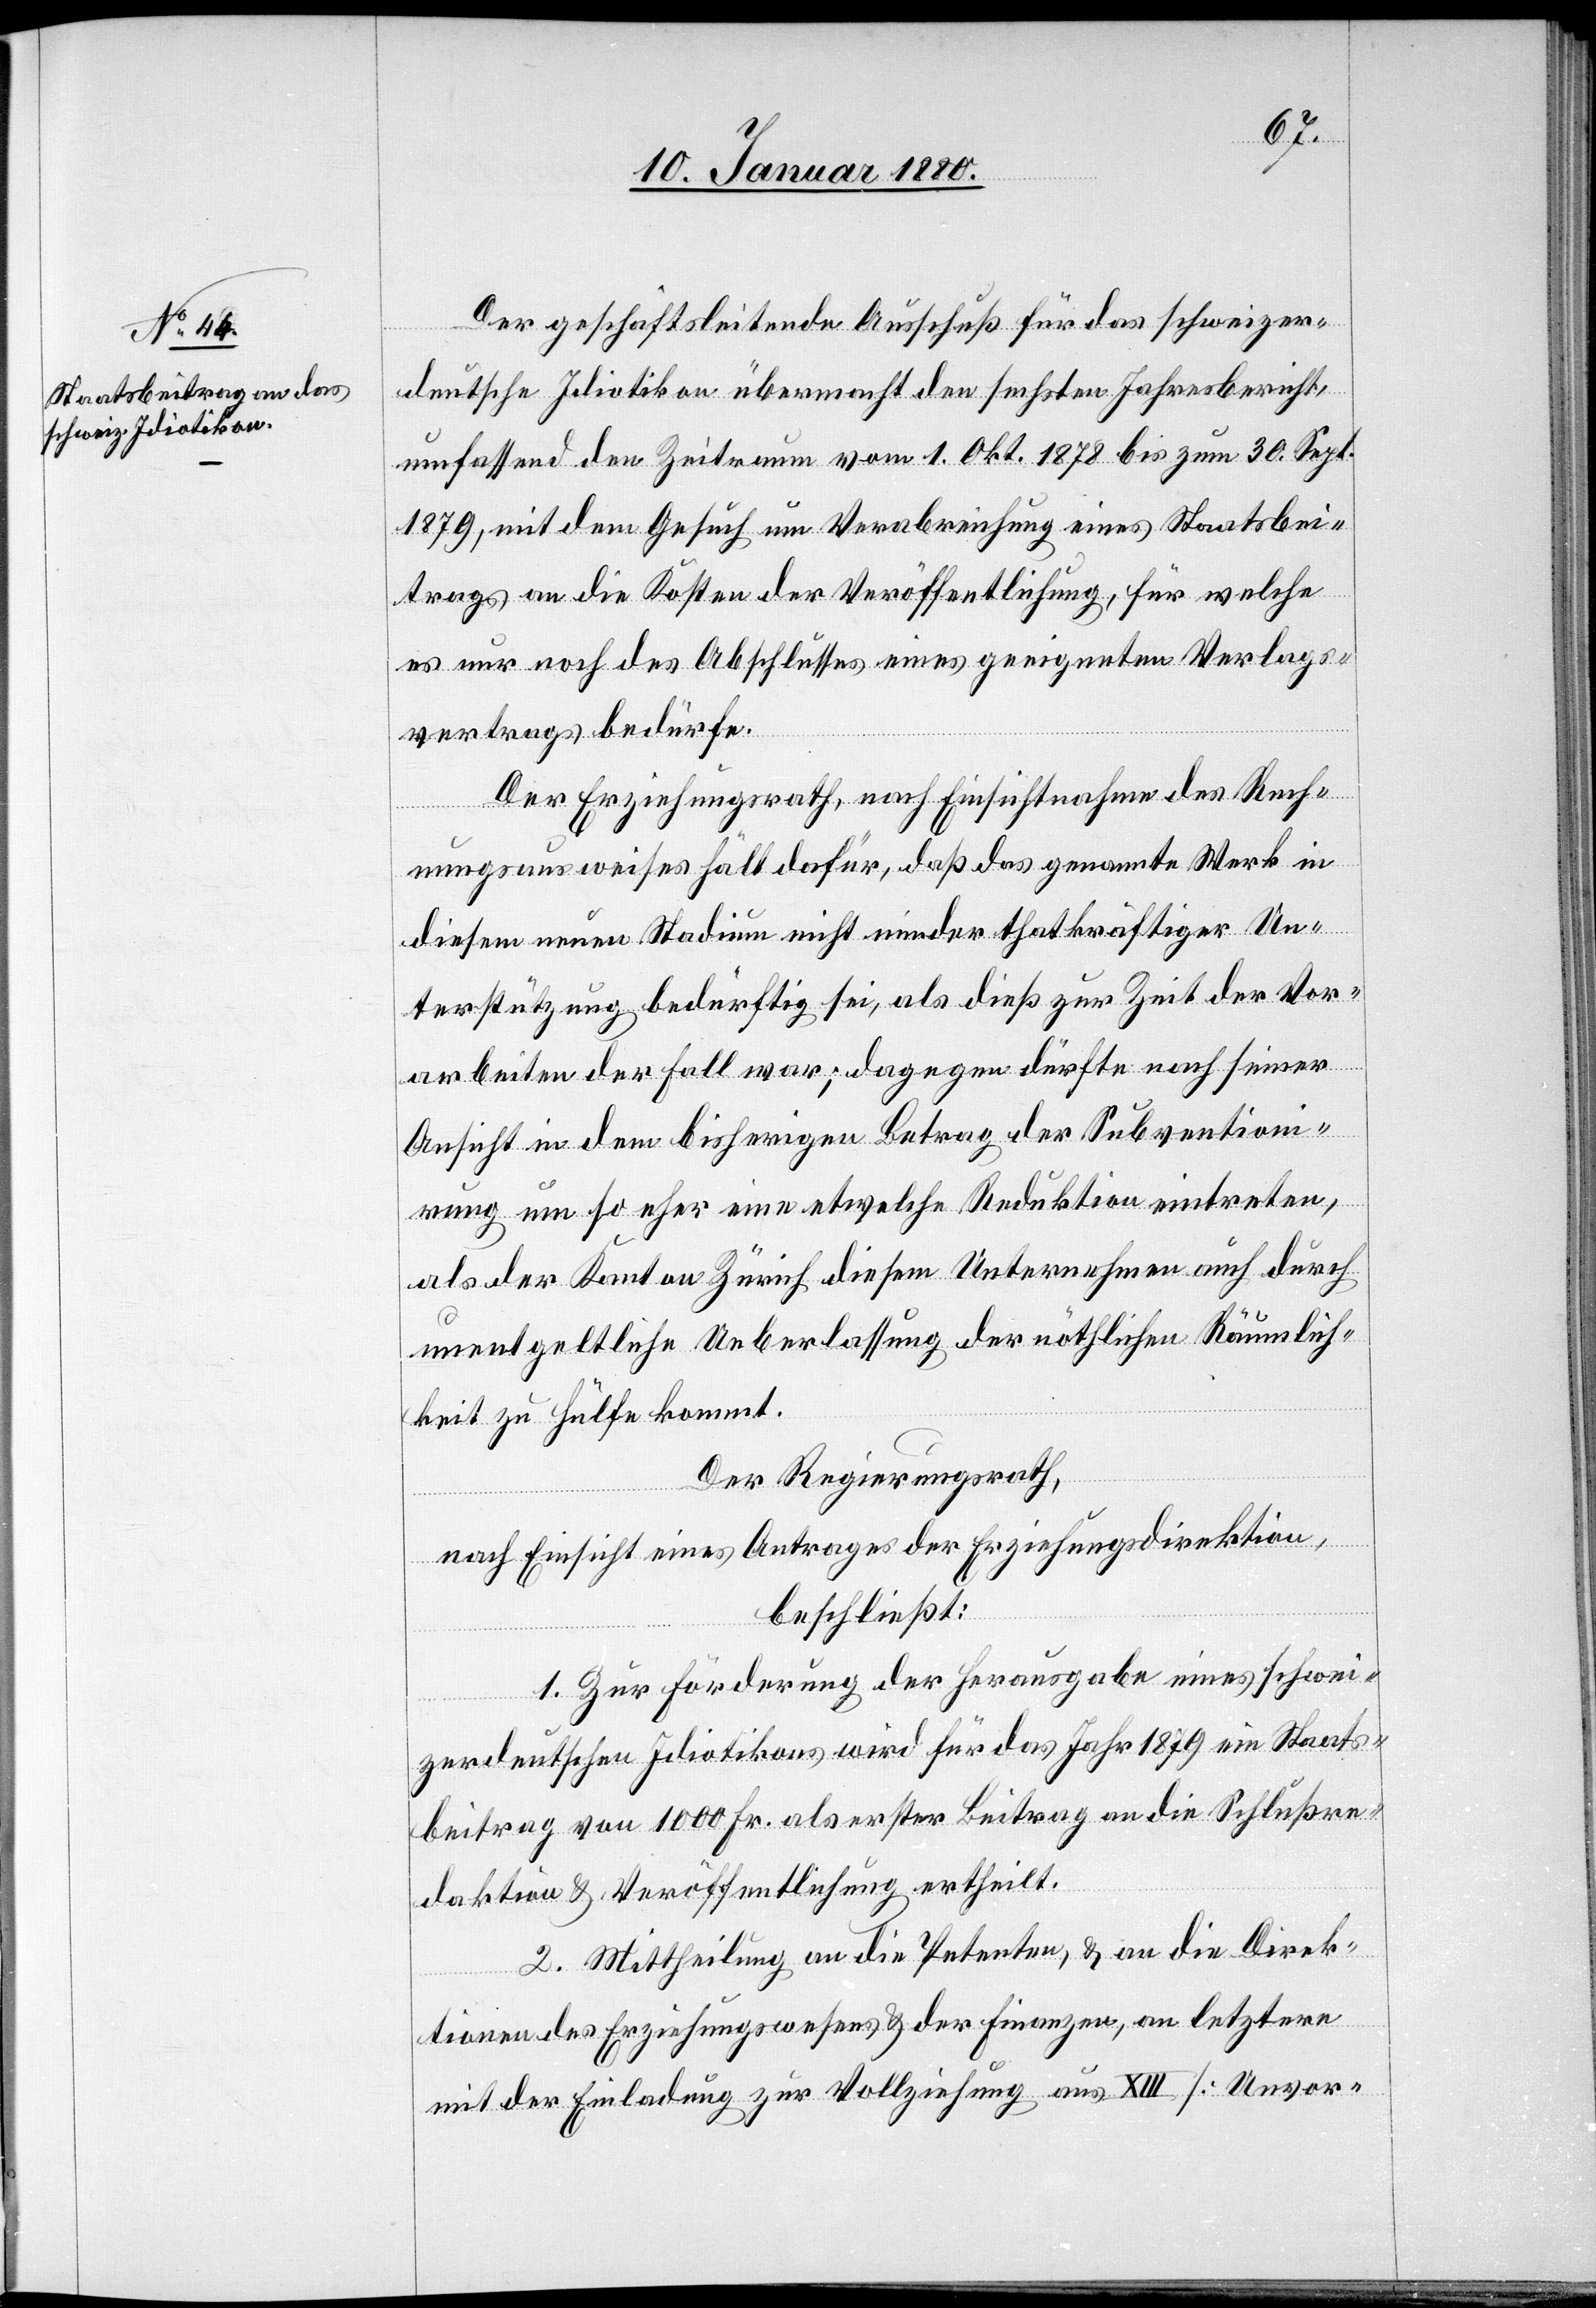
Der geschäftsleitende Ausschuß für das schweizer¬
deutsche Idiotikon übermacht den sechsten Jahresbericht,
umfassend den Zeitraum vom 1. Okt. 1878 bis zum 30 Sept.
1879, mit dem Gesuch um Verabreichung eines Staatsbei¬
trages an die Kosten der Veröffentlichung, für welche
es nur noch des Abschlusses eines geeigneten Verlags¬
vertrags bedürfe.
Der Erziehungsrath, nach Einsicht des Rech¬
nungsausweises hält dafür, daß das gesamte Werk in
diesem neuen Stadium nicht minder thatkräftiger Un¬
terstützung bedürftig sei, als dieß zur Zeit der Vor¬
arbeiten der Fall war; dagegen dürfte nach seiner
Ansicht in dem bisherigen Betrag der Subventioni¬
rung um so eher eine etwelche Reduktion eintreten,
als der Kanton Zürich diesem Unternehmen auch durch
unentgeldliche Ueberlassung der nöthigen Räumlich¬
keiten zu Hülfe kommt.
Der Regierungsrath,
nach Einsicht eines Antrages der Erziehungsdirektion,
beschließt:
1. Zur Förderung der Herausgabe eines schwei¬
zerdeutschen Idiotikons wird für das Jahr 1879 ein Staats¬
beitrag von 1000 Fr. als erster Beitrag an die Schlußre¬
daktion & Veröffentlichung ertheilt.
2. Mittheilung an die Petenten, & an die Direk¬
tionen des Erziehungswesens & der Finanzen, an letztere
mit der Einladung zur Vollziehung aus XIII [Unvor-